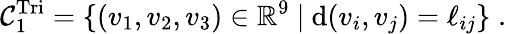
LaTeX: \mathcal{C}_{1}^{\mathrm{Tri}}=\{ (v_{1},v_{2},v_{3})\in\mathbb{R}^{9}\ |\ \mathrm{d}(v_{i},v_{j})=\ell_{ij}\} \; .